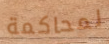
لمحاكمة